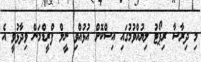
މި ދިރާސާ ރިޕޯޓު ލިޔުއްވުމުގައި އިސްކޮށް އުޅުއްވި ނީލް ފްރީޑްމަން ވިދާޅުވީ އެ